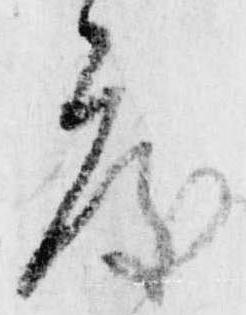
度